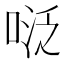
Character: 𭈠